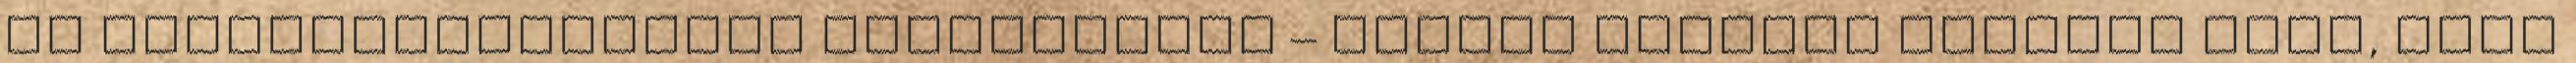
és gyógykészítmények használatát – sokkal nagyobb hasznot hajt, mint